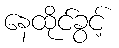
နေထိုင်ခွင့်